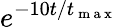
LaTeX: e^{-10t/t_{\mathrm{~m~a~x~}}}